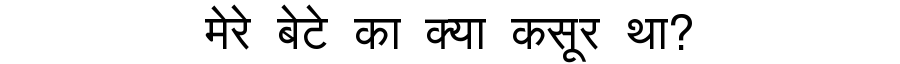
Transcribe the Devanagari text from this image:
मेरे बेटे का क्या कसूर था?